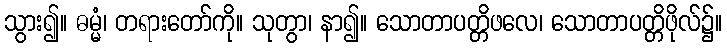
သွား၍။ ဓမ္မံ၊ တရားတော်ကို။ သုတွာ၊ နာ၍။ သောတာပတ္တိဖလေ၊ သောတာပတ္တိဖိုလ်၌။